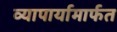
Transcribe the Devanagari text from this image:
व्यापार्यामार्फत